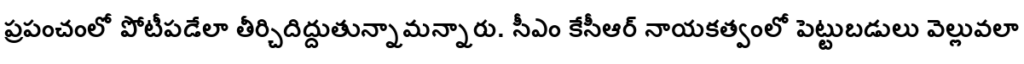
ప్రపంచంలో పోటీపడేలా తీర్చిదిద్దుతున్నామన్నారు. సీఎం కేసీఆర్ నాయకత్వంలో పెట్టుబడులు వెల్లువలా